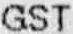
GST